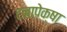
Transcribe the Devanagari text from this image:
टनापेक्षा